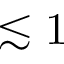
\lesssim 1